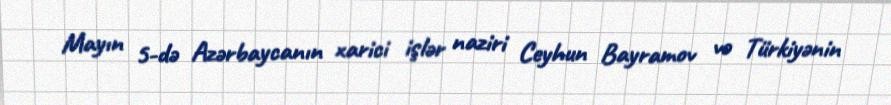
Mayın 5-də Azərbaycanın xarici işlər naziri Ceyhun Bayramov və Türkiyənin